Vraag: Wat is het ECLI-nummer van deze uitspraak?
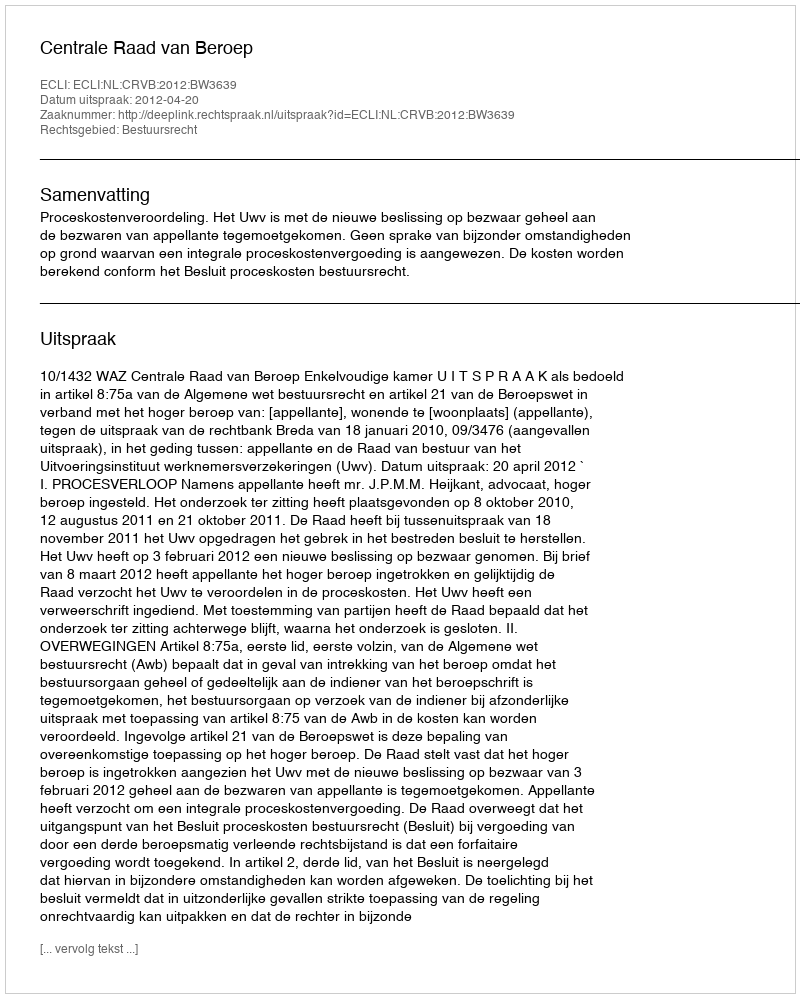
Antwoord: ECLI:NL:CRVB:2012:BW3639